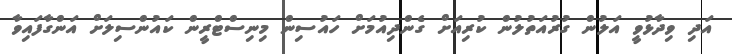
އަދި ވިދާޅުވީ އަލުން ގުރުއަތުލުން ކުރިއަށް ގެންދިއުމަށް ހައުސިން މިނިސްޓްރީން ކައުންސިލަށް އަންގާފައިވާ